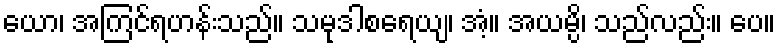
ယော၊ အကြင်ရဟန်းသည်။ သမုဒါစရေယျ၊ အံ့။ အယမ္ပိ၊ သည်လည်း။ ပေ။